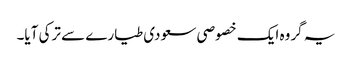
یہ گروہ ایک خصوصی سعودی طیارے سے ترکی آیا۔